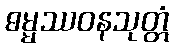
ဓမ္မဿဝနသုတ္တံ